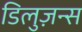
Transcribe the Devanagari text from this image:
डिलुज़न्स